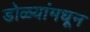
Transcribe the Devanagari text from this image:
डोळ्यांमधून